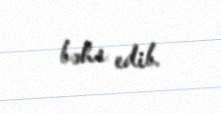
bəhs edib.